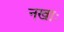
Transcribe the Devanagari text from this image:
नखाः